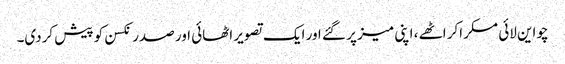
چواین لائی مسکراکر اٹھے ، اپنی میز پر گئے اور ایک تصویر اٹھائی اور صدر نکسن کو پیش کردی۔